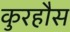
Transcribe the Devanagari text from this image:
कुरहौस